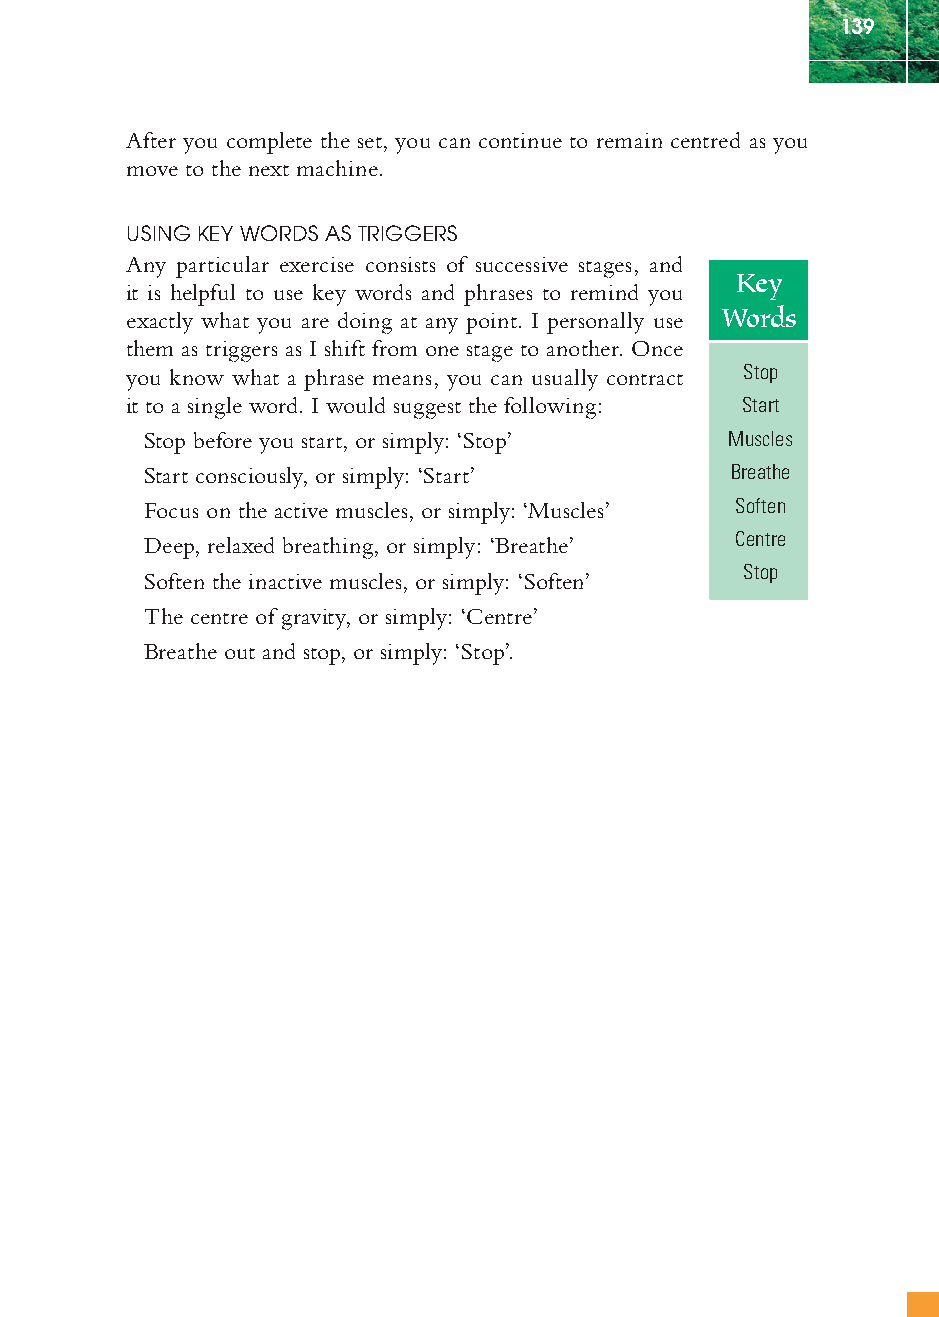
139
 After you complete the set, you can continue to remain centred as you
 move to the next machine.
 USING KEY WORDS AS TRIGGERS
 Any particular exercise consists of successive stages, and
 Key
 it is helpful to use key words and phrases to remind you
 exactly what you are doing at any point. I personally use Words
 them as triggers as I shift from one stage to another. Once
 you know what a phrase means, you can usually contract Stop
 it to a single word. I would suggest the following: Start
 Stop before you start, or simply: ‘Stop’ Muscles
 Start consciously, or simply: ‘Start’  Breathe
 Focus on the active muscles, or simply: ‘Muscles’ Soften
 Deep, relaxed breathing, or simply: ‘Breathe’ Centre
 Stop
 Soften the inactive muscles, or simply: ‘Soften’
 The centre of gravity, or simply: ‘Centre’
 Breathe out and stop, or simply: ‘Stop’.
 ffiivvee__220000667788..iinndddd SSeecc11::114433   3300//55//0055 55::0055::4477 PPMM